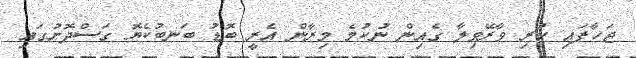
ޖަހާފައި ހުރި ވާރޭވިލާ ގެއިން ނުކުމެ މިރާން އެރީ ބޮޑު ބަނބުކެޔޮ ގަސްދޮށުގައި